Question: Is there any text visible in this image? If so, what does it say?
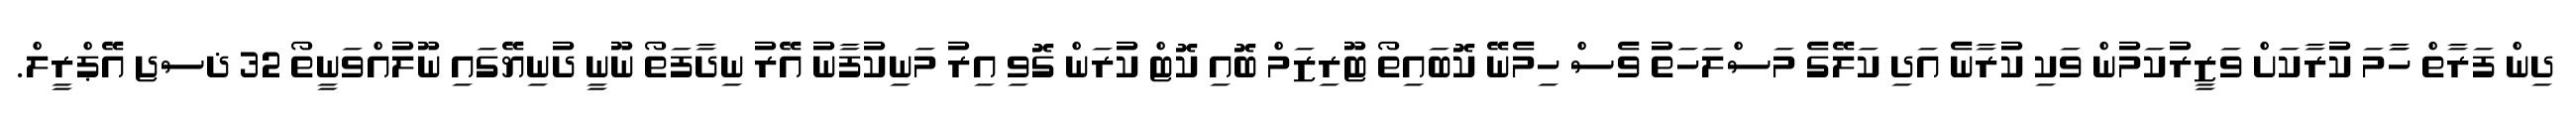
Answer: ދިން ފަރާތް ހަާމަ ކުރާކަށް ވަޒީރުކަމުން ވަކި ކުރާނެ އަދި ކަލޭގެ މަސްލަހަތު ވެސް ހިމެނޭ ކޮބައިތޯ ޓޫރިޒަމް ބޮއި ކޮޓް ކުރަން ގޮވި އިރު މަނިކުފާނު އޭރު ނިދާފަތޯ ނޫނީ ދުނިޔޭގައި ނޫލުއްވަނީތޯ 32 ޛސޖ އޭޕްރީލް.